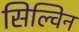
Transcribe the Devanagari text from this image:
सिल्विन